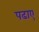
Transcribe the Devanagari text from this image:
पढाए